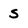
Character: S